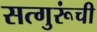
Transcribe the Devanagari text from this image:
सत्गुरूंची